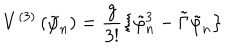
V ^ { \left( 3 \right) } \left( \tilde { \varphi } _ { n } \right) = \frac g { 3 ! } \left\{ \tilde { \varphi } _ { n } ^ { 3 } - \tilde { \Gamma } \tilde { \varphi } _ { n } \right\}